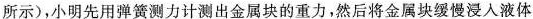
所示)，小明先用弹簧测力计测出金属块的重力，然后将金属块缓慢浸入液体